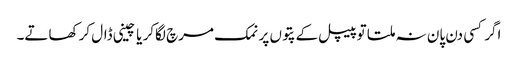
اگر کسی دن پان نہ ملتا تو پیپل کے پتوں پر نمک مرچ لگاکر یا چینی ڈال کر کھاتے۔